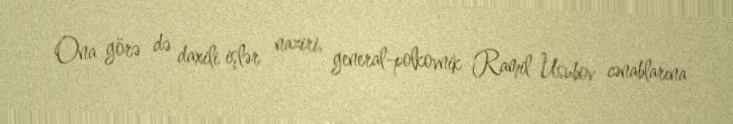
Ona görə də daxili işlər naziri, general-polkovnik Ramil Usubov cənablarına